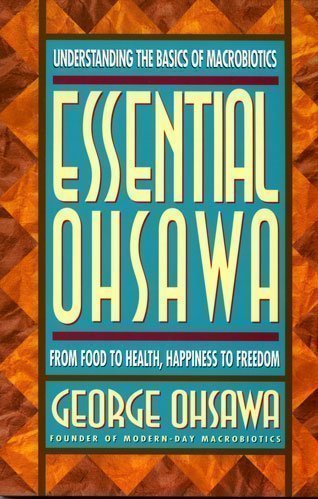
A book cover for Essential Ohsawa; George Ohsawa; Health, Fitness & Dieting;